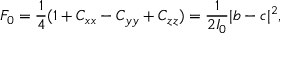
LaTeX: F _ { 0 } = { \frac { 1 } { 4 } } ( 1 + C _ { x x } - C _ { y y } + C _ { z z } ) = { \frac { 1 } { 2 I _ { 0 } } } | b - c | ^ { 2 } ,